Vaccination Hyderabad 1872-1889 - 1872-1889
Year: 1872
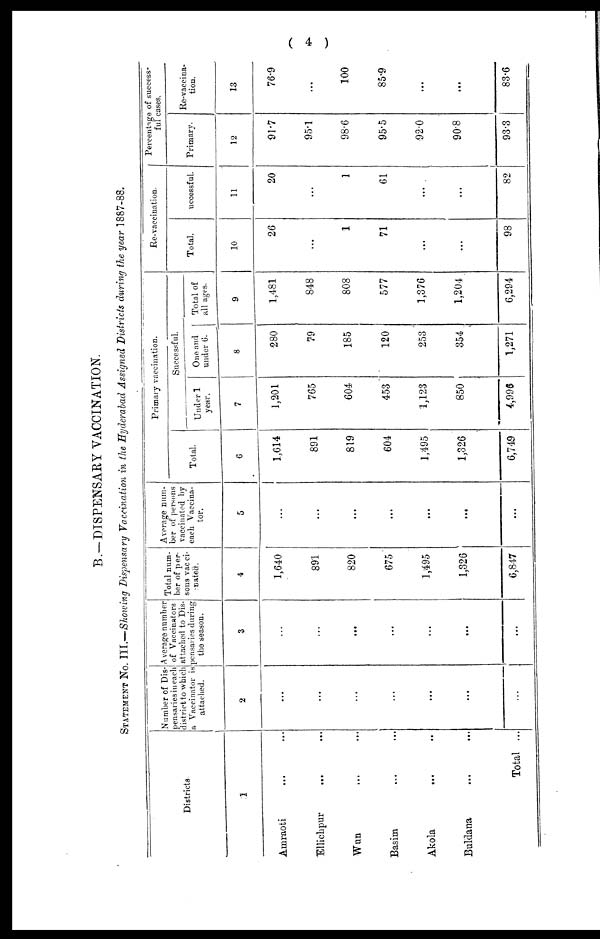
( 4 )
B.—DISPENSARY VACCINATION.
STATEMENT NO. III.—Showing Dispensary Vaccination in the Hyderabad Assigned Districts during the year 1887-88.
Districts
1
Amraoti ... ...
Ellichpur ... ...
Wun ... ...
Basim ... ...
Akola
...
...
Buldana
...
...
Total ...
Number of Dis-
pensaries in each
district to which
a Vaccinator is
attached.
2
...
...
...
...
...
...
...
Average number
of Vaccinators
attached to Dis-
pensaries during
the season.
3
...
...
...
...
...
...
...
Total num-
ber of per-
sons vacci-
nated.
4
1,640
891
820
675
1,495
1,326
6,847
Average num-
ber of persons
vaccinated by
each Vaccina-
tor.
5
...
...
...
...
...
...
...
Primary vaccination.
Total.
6
1,614
891
819
604
1,495
1,326
6,749
Successful.
Under 1
year.
7
1,201
765
604
453
1,123
850
4,996
One and
under 6.
8
280
79
185
120
253
354
1,271
Total of
all ages.
9
1,481
848
808
577
1,376
1,204
6,294
Re-vaccination.
Total.
10
26
...
1
71
...
...
98
uccessful.
11
20
...
1
61
...
...
82
Percentage of success-
ful cases.
Primary.
12
91.7
95.1
98.6
95.5
92.0
90.8
93.3
Re-vaccina-
tion.
13
76.9
...
100
85.9
...
...
83.6